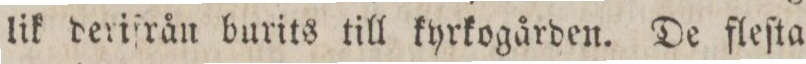
lik deriſrån burits till kyrkogården. De fleſta